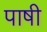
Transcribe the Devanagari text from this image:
पाषी